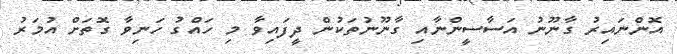
އޮންނައިރު ގާނޫނު އަސާސީންނާއި ގާނޫނުތަކުން ދީފައިވާ މި ހައްގު ހަނިވާ ގޮތަށް އުމަރު